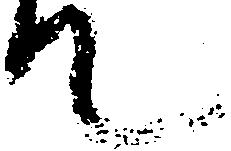
て